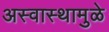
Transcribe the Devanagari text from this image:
अस्वास्थामुळे